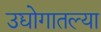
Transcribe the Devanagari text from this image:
उद्योगातल्या